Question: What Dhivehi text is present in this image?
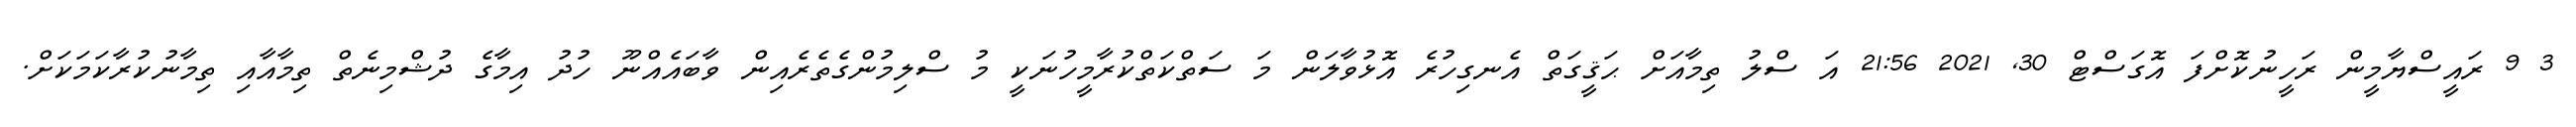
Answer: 3 9 ރައީސްޔާމީން ރަހީނުކޮށްފަ އޮގަސްޓް 30, 2021 21:56 އަ ސްލު ތިމާއަށް ޙަޤީގަތް އެނގިހުރެ އޮޅުވާލަން މަ ސަތްކަތްކުރާމީހުނަކީ މު ސްލިމުންގެތެރެއިން ވާބައެއްނޫ ހުދު އިމާގެ ދުޝްމިނެތް ތިމާއާއި ތިމާނުކުރާކަމަކަށް.